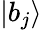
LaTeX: \left|b_{j}\right\rangle